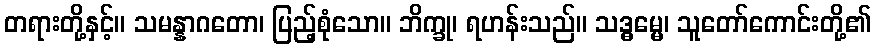
တရားတို့နှင့်။ သမန္နာဂတော၊ ပြည့်စုံသော။ ဘိက္ခု၊ ရဟန်းသည်။ သဒ္ဓမ္မေ၊ သူတော်ကောင်းတို့၏